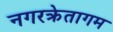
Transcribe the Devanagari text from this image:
नगरक्रेतागम